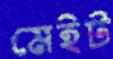
মেইট